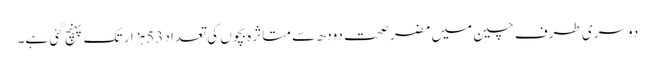
دوسری طرف چین میں مضر صحت دودھ سے متاثرہ بچوں کی تعداد 53ہزار تک پہنچ گئی ہے۔